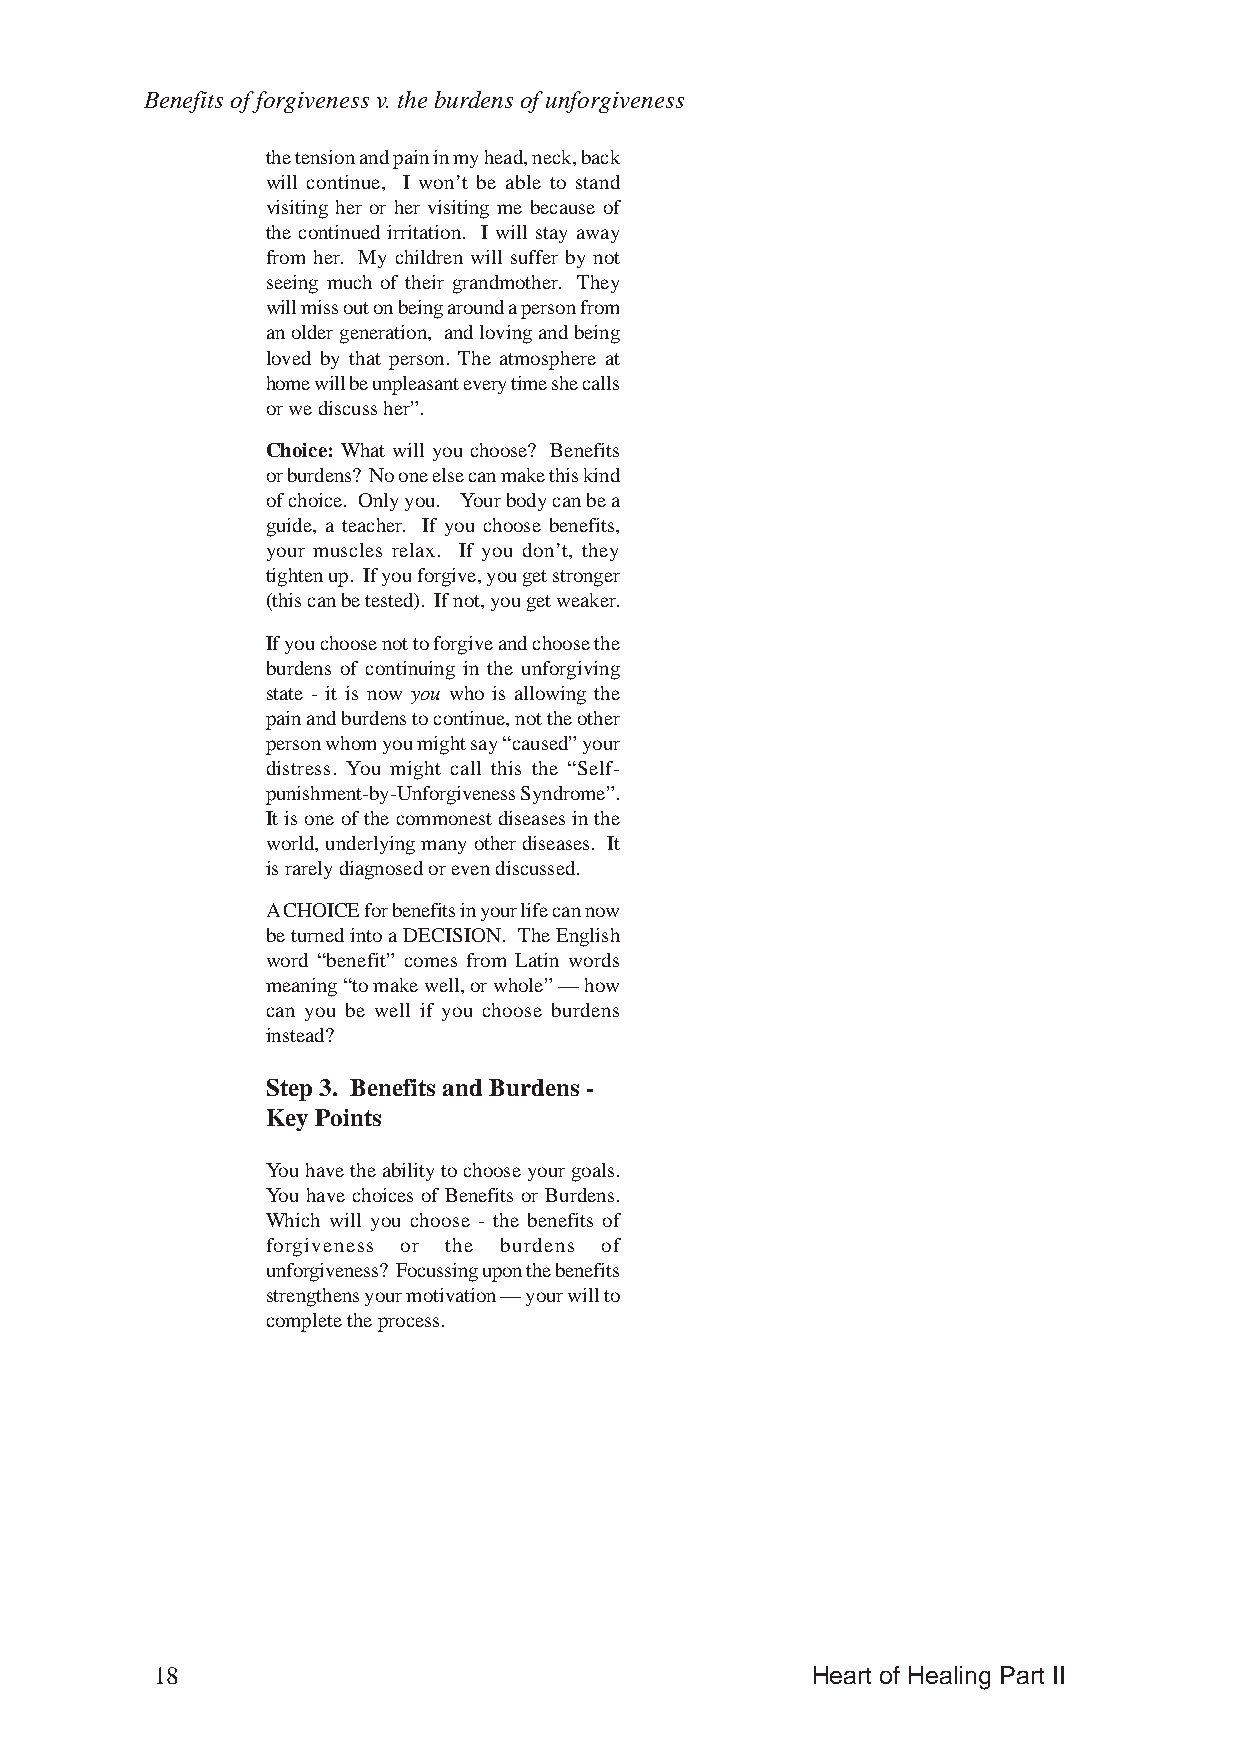
Benefits of forgiveness v. the burdens of unforgiveness
 the tension and pain in my head, neck, back
 will continue, I won’t be able to stand
 visiting her or her visiting me because of
 the continued irritation. I will stay away
 from her. My children will suffer by not
 seeing much of their grandmother. They
 will miss out on being around a person from
 an older generation, and loving and being
 loved by that person. The atmosphere at
 home will be unpleasant every time she calls
 or we discuss her”.
 Choice: What will you choose? Benefits
 or burdens? No one else can make this kind
 of choice. Only you. Your body can be a
 guide, a teacher. If you choose benefits,
 your muscles relax. If you don’t, they
 tighten up. If you forgive, you get stronger
 (this can be tested). If not, you get weaker.
 If you choose not to forgive and choose the
 burdens of continuing in the unforgiving
 state - it is now you who is allowing the
 pain and burdens to continue, not the other
 person whom you might say “caused” your
 distress. You might call this the “Self-
 punishment-by-Unforgiveness Syndrome”.
 It is one of the commonest diseases in the
 world, underlying many other diseases. It
 is rarely diagnosed or even discussed.
 A CHOICE for benefits in your life can now
 be turned into a DECISION. The English
 word “benefit” comes from Latin words
 meaning “to make well, or whole” — how
 can you be well if you choose burdens
 instead?
 Step 3. Benefits and Burdens -
 Key Points
 You have the ability to choose your goals.
 You have choices of Benefits or Burdens.
 Which will you choose - the benefits of
 forgiveness or the burdens of
 unforgiveness? Focussing upon the benefits
 strengthens your motivation — your will to
 complete the process.
 18                                          Heart of Healing Part II